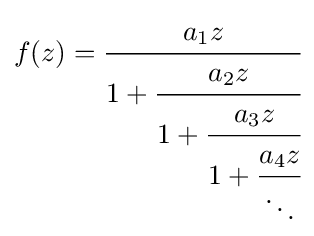
f(z)={\cfrac {a_{1}z}{1+{\cfrac {a_{2}z}{1+{\cfrac {a_{3}z}{1+{\cfrac {a_{4}z}{\ddots }}}}}}}}